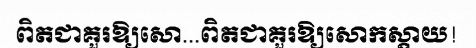
ពិតជាគួរឱ្យសោ...ពិតជាគួរឱ្យសោកស្តាយ!